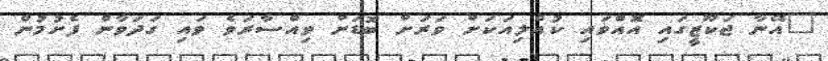
"އޭނާ ޖަކޫޒީގައި އޮއްވައި ކުއްލިއަކަށް ވަރަށް ބޮޑަށް ވިއްސާރަވެ ވައި ގަދަވާން ފެށުމުން